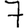
Digit: 7